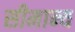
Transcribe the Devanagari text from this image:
सीमान्य